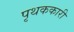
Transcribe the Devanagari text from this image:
पृथककारी